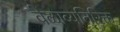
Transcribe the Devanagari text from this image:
वेळाव्यतिरिक्त